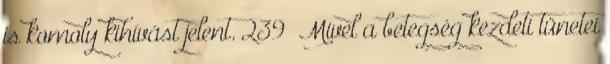
is komoly kihívást jelent. 239 Mivel a betegség kezdeti tünetei